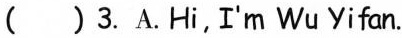
( )3.A.Hi,I'm Wu Yifan.